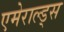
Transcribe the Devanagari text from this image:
एमेराल्ड्स